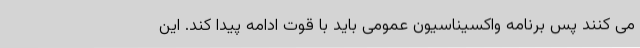
می کنند پس برنامه واکسیناسیون عمومی باید با قوت ادامه پیدا کند. این